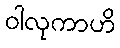
ဝါလုကာဟိ